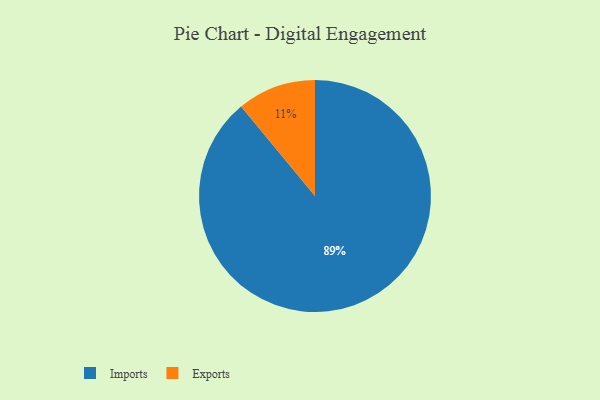
{"axis": {"x": "Category", "y": "Percentage"}, "legend": ["Exports", "Imports"], "data": [{"x": "Imports", "y": 89, "type": "Imports"}, {"x": "Exports", "y": 11, "type": "Exports"}]}